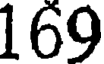
169